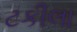
ટકીલા